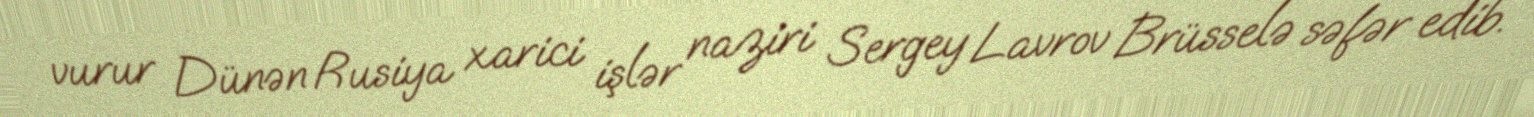
vurur Dünən Rusiya xarici işlər naziri Sergey Lavrov Brüsselə səfər edib.